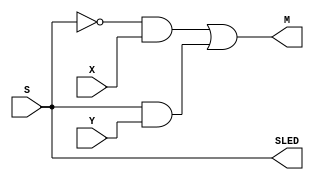
`timescale 1ns / 1ps

module mux_2x1_simple(
    input X,Y,S,
    output M, SLED
    );
    
    assign M = ~S & X | S & Y;                                      //When S=0, set M=X, when S=1, set M=Y
    assign SLED = S; 
endmodule

module mux_2x1_3bit(                                                //3-bit 2x1 MUX using mux_2x1_simple()
    input X2, X1,X0 ,Y2 ,Y1 ,Y0 ,S,
    output M2, M1, M0, SLED
    );
    
    mux_2x1_simple bit2 (X2,Y2,S,M2);                               //Call 2x1 MUX 3 times for 3-bits
    mux_2x1_simple bit1 (X1,Y1,S,M1);
    mux_2x1_simple bit0 (X0,Y0,S,M0);
    
    assign SLED = S;
    
endmodule

module mux_4x1_3bit(
    input X2,X1,X0,Y2,Y1,Y0,Z2,Z1,Z0,W2,W1,W0,S1,S0,
    output M2,M1,M0,S1LED,S0LED
    );
    
    wire w1_2,w1_1,w1_0,w2_2,w2_1,w2_0;                             //Interconnects between 2x1 MUXES
    
    mux_2x1_3bit mux0 (X2,X1,X0,Y2,Y1,Y0,S0,w1_2,w1_1,w1_0);        //First 2x1 MUX for X and Y. Uses S0 for first stage
    mux_2x1_3bit mux1 (Z2,Z1,Z0,W2,W1,W0,S0,w2_2,w2_1,w2_0);        //Second 2x1 MUX for Z and W. Uses S0 for first stage
    mux_2x1_3bit mux2 (w1_2,w1_1,w1_0,w2_2,w2_1,w2_0,S1,M2,M1,M0);  //Third 2x1 MUX for results of first stage. Uses S1
    
    assign S1LED = S1;
    assign S0LED = S0;
    
endmodule